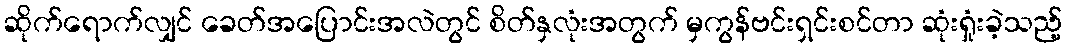
ဆိုက်ရောက်လျှင် ခေတ်အပြောင်းအလဲတွင် စိတ်နှလုံးအတွက် မှကွန်ဗင်းရှင်းစင်တာ ဆုံးရှုံးခဲ့သည့်